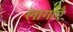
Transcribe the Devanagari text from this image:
लागाएँ